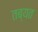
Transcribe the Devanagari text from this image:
तब्यत